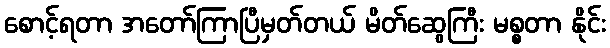
စောင့်ရတာ အတော်ကြာပြီမှတ်တယ် မိတ်ဆွေကြီး မစ္စတာ နိုင်း